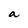
Character: a